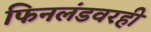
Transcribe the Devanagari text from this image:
फिनलंडवरही